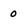
Character: 0